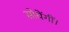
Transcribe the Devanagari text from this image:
सोयेंगीं।